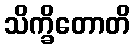
သိက္ခိတောတိ